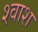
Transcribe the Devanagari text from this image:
श्वाश